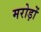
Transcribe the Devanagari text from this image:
मरोड़ों